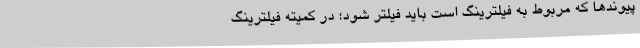
پیوندها که مربوط به فیلترینگ است باید فیلتر شود؛ در کمیته فیلترینگ